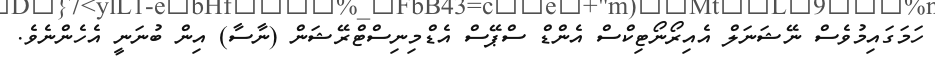
ހަމަގައިމުވެސް ނޭޝަނަލް އެއިރޯނޯޓިކްސް އެންޑް ސްޕޭސް އެޑްމިނިސްޓްރޭޝަން (ނާސާ) އިން ބުނަނީ އެހެންނެވެ.